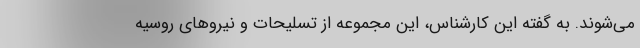
می‌شوند. به گفته این کارشناس، این مجموعه از تسلیحات و نیروهای روسیه